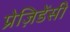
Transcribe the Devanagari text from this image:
प्रेज़िडेंसी